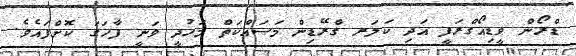
ޑްރޯން ވީޑިއޯގްރަފީ އަދި ކަލަރ ގްރޭޑިން މަސައްކަތް މަހުދީ ވަނީ ފާހަގަ ކޮށްފައެވެ.